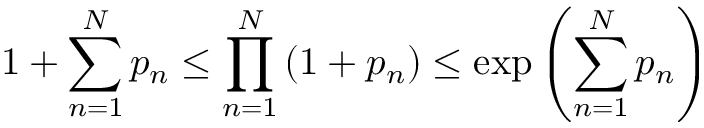
1 + \sum _ { n = 1 } ^ { N } p _ { n } \leq \prod _ { n = 1 } ^ { N } \left( 1 + p _ { n } \right) \leq \exp \left( \sum _ { n = 1 } ^ { N } p _ { n } \right)